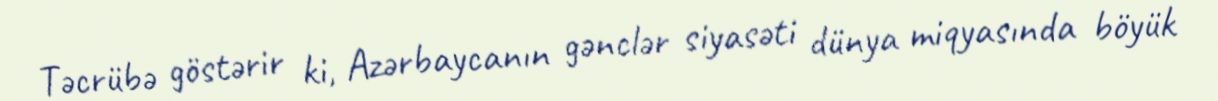
Təcrübə göstərir ki, Azərbaycanın gənclər siyasəti dünya miqyasında böyük